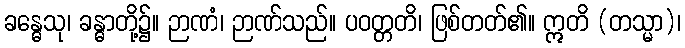
ခန္ဓေသု၊ ခန္ဓာတို့၌။ ဉာဏံ၊ ဉာဏ်သည်။ ပဝတ္တတိ၊ ဖြစ်တတ်၏။ ဣတိ (တသ္မာ)၊